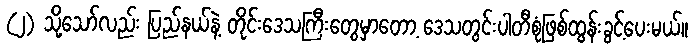
(၂) သို့သော်လည်း ပြည်နယ်နဲ့ တိုင်းဒေသကြီးတွေမှာတော့ ဒေသတွင်းပါတီစုံဖြစ်ထွန်းခွင့်ပေးမယ်။